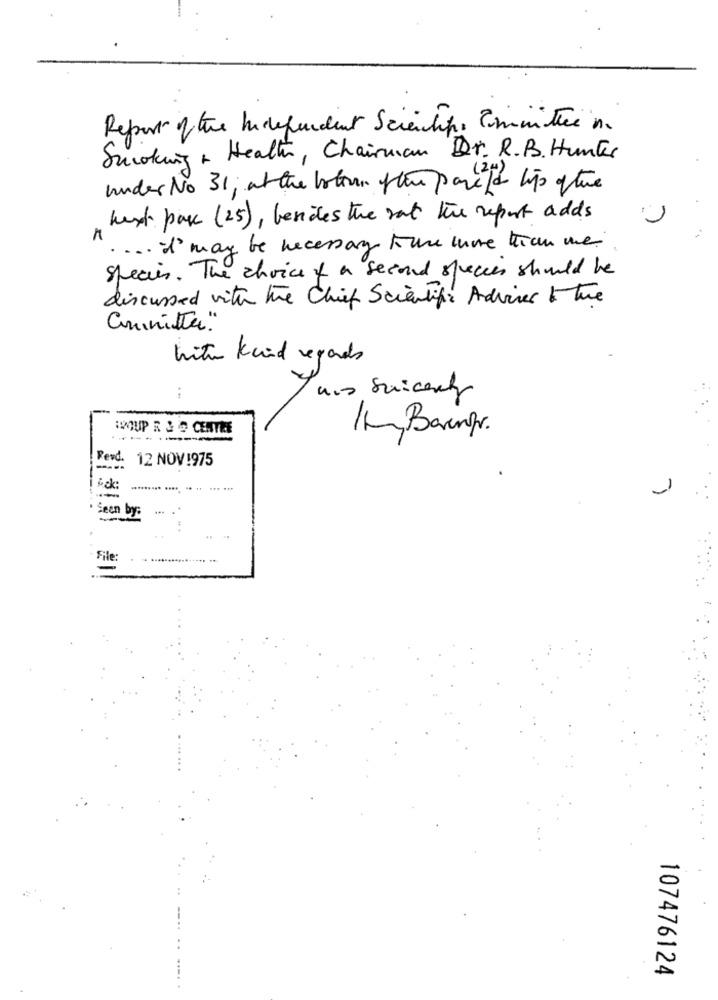
Report of the Independent Scientific Committee in.
Smoking & Health , Chairman Dr. R.B. Hunkes
under No 31; at the botown of the parts tipo of the
hust pace (25), besides the rat the report adds
. ... I'may be necessary toune cuore tran me
Species. The choice of a second species should be
discussed with the Chief Scientific Andviver 5 The
Committee"
with kind regards
Yuis Suicealy
YOUP R & @ CENTRE
IL Barngr.
--------
Ferd. 12 NOV !975
1
Seen by:
File
107476124